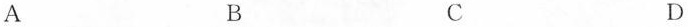
A B C D